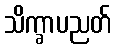
သိက္ခာပညတ်